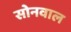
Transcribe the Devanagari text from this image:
सोनवाल